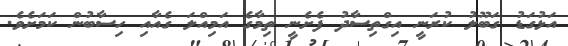
އަޅުގަޑު ގަބޫލު ކުރަނީ އިގްތިސާދު ފެށެނީ ތިމާގެ އަމިއްލަ ގެއާއި ހިސާބުން ކަމަށެވެ.